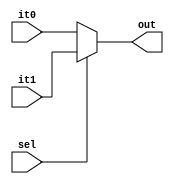
module mux_2x1 #(parameter N=8) 
(input [N-1:0] it0,it1, 
input sel, 
output[N-1:0] out);

assign out = (sel==1'b1)?it1:it0; //Se Sel for 1 atribui a out o valor de i1

endmodule